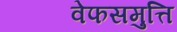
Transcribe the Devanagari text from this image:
वेफसमुत्ति